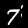
Digit: 7